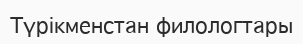
Түрікменстан филологтары